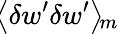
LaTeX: \! \left\langle{\delta w^{\prime}\delta w^{\prime}}\right\rangle\! _{m}